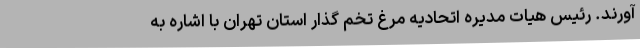
آورند. رئیس هیات مدیره اتحادیه مرغ تخم گذار استان تهران با اشاره به